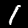
Label: 1